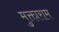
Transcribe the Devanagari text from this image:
मुक्ताराम